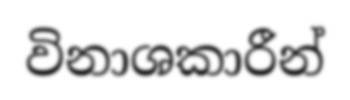
විනාශකාරීන්